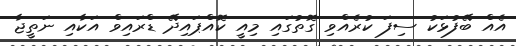
އެއް ބޭފުޅަކު ސިފަ ކުރެއްވި ގޮތުގައި މިއީ ކޮއްޕައިދޭ ޑްރައިވް އަކާއި ނަތީޖާ